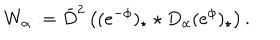
W _ { \alpha } : = \bar { D } ^ { 2 } \left( ( e ^ { - \phi } ) _ { \star } \star D _ { \alpha } ( e ^ { \phi } ) _ { \star } \right) .